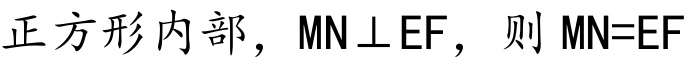
正方形内部，\(MN\perp EF\)，则 \(MN = EF\)